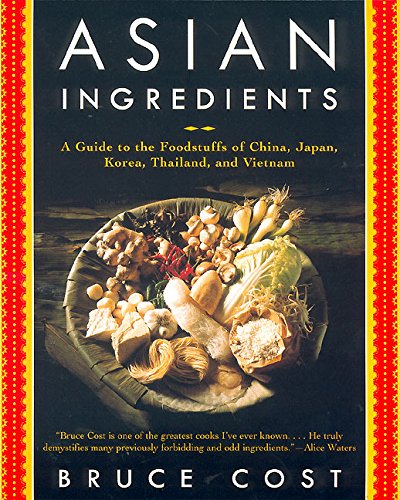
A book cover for Asian Ingredients: A Guide to the Foodstuffs of China, Japan, Korea, Thailand and Vietnam; Bruce Cost; Cookbooks, Food & Wine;